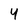
Character: 4